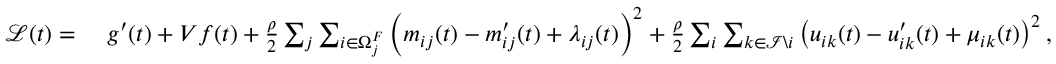
\begin{array} { r l } { \mathcal { L } ( t ) = ~ } & { g ^ { \prime } ( t ) + V f ( t ) + \frac { \rho } { 2 } \sum _ { j } \sum _ { i \in \Omega _ { j } ^ { F } } \left( m _ { i j } ( t ) - m _ { i j } ^ { \prime } ( t ) + \lambda _ { i j } ( t ) \right) ^ { 2 } + \frac { \rho } { 2 } \sum _ { i } \sum _ { k \in \mathcal { I } \backslash i } \left( u _ { i k } ( t ) - u _ { i k } ^ { \prime } ( t ) + \mu _ { i k } ( t ) \right) ^ { 2 } , } \end{array}